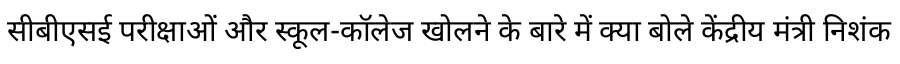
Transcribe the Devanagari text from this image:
सीबीएसई परीक्षाओं और स्कूल-कॉलेज खोलने के बारे में क्या बोले केंद्रीय मंत्री निशंक